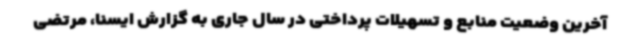
آخرین وضعیت منابع و تسهیلات پرداختی در سال جاری به گزارش ایسنا، مرتضی